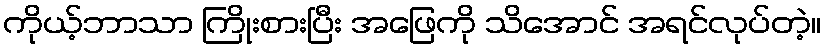
ကိုယ့်ဘာသာ ကြိုးစားပြီး အဖြေကို သိအောင် အရင်လုပ်တဲ့။